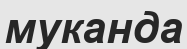
муканда